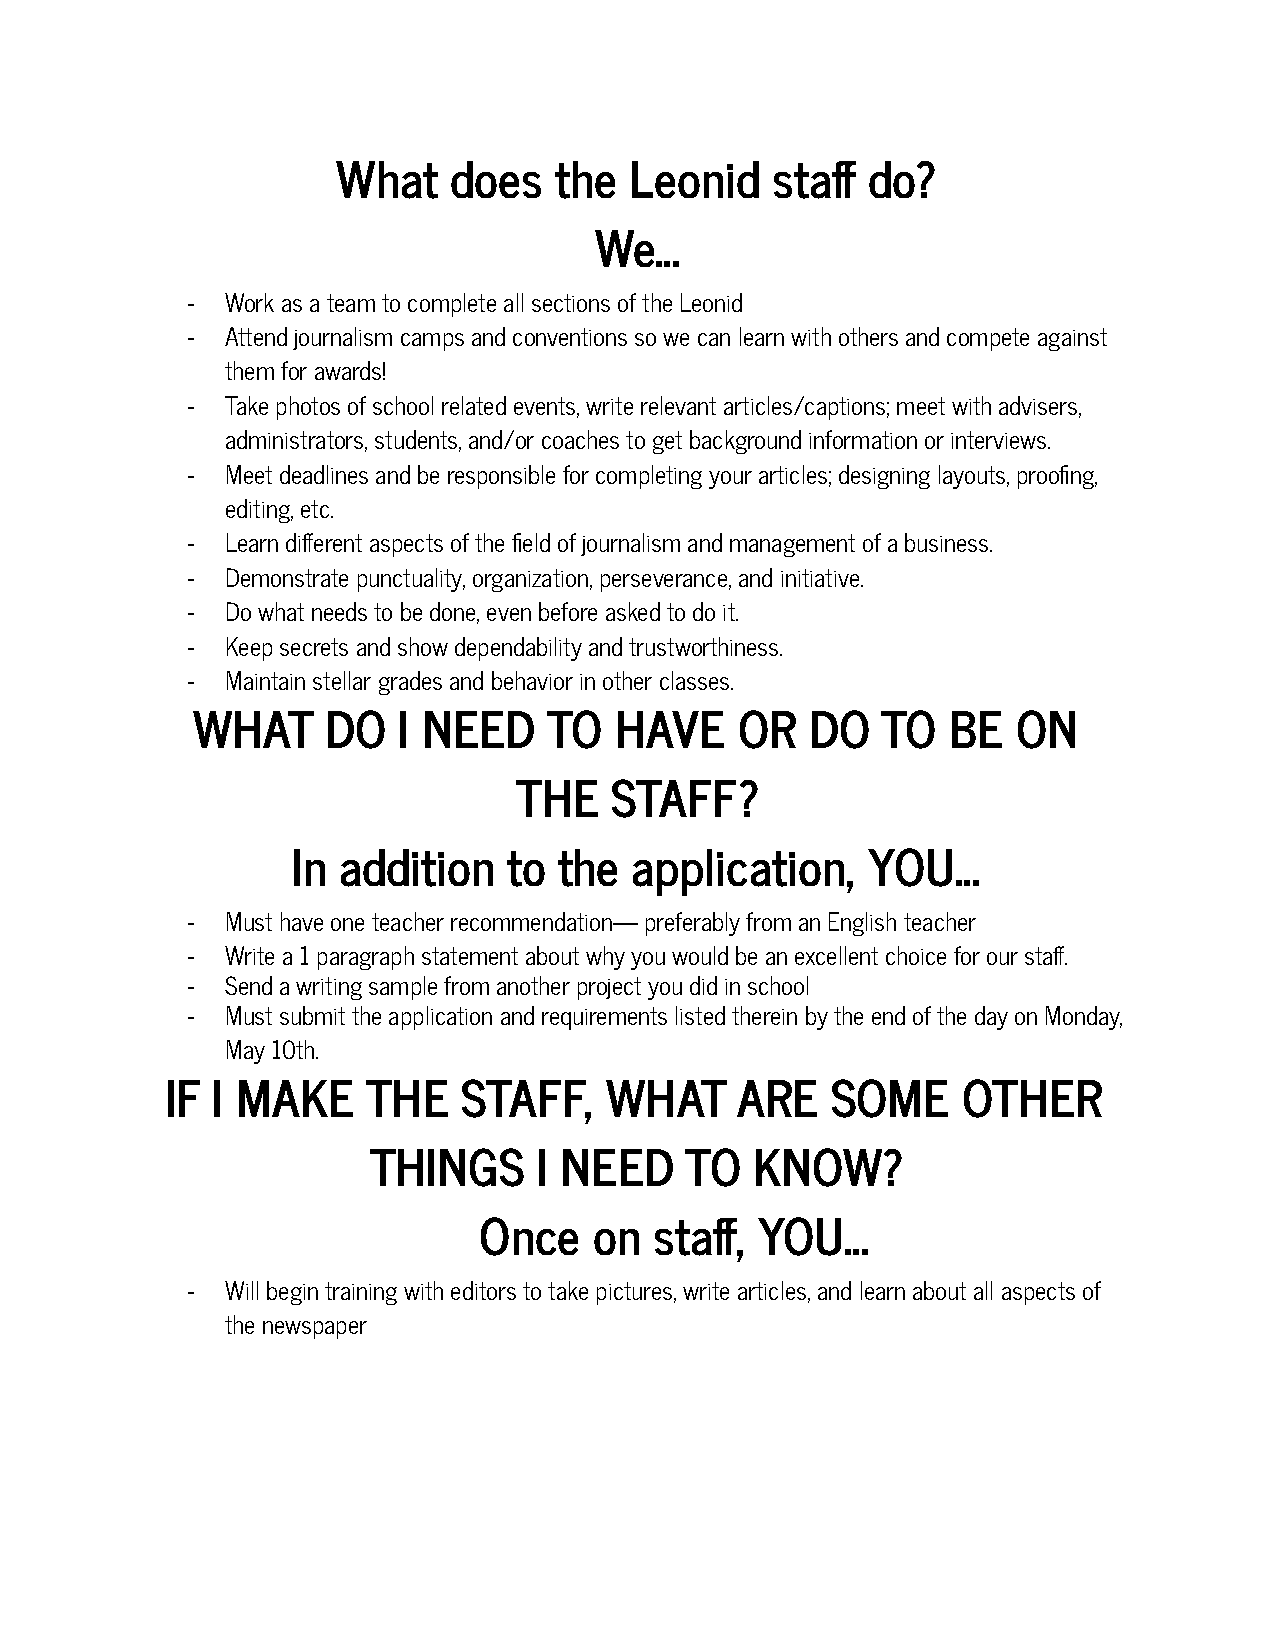
What    does   the  Leonid   staff do?
 We…
 -  Work as a team to complete all sections of the Leonid
 -  Attend journalism camps and conventions so we canlearn with others and compete against
 them for awards!
 -  Take photos of school related events, write relevant articles/captions; meet with advisers,
 administrators, students, and/or coaches to get background information or interviews.
 -  Meet deadlines and be responsible for completing your articles; designing layouts, proofing,
 editing, etc.
 -  Learn different aspects of the field of journalism and management of a business.
 -  Demonstrate punctuality, organization, perseverance,and initiative.
 -  Do what needs to be done, even before asked to do it.
 -  Keep secrets and show dependability and trustworthiness.
 -  Maintain stellar grades and behavior in other classes.
 WHAT     DO  I NEED    TO   HAVE    OR   DO  TO   BE  ON
 THE   STAFF?
 In addition    to the  application,   YOU…
 -  Must have one teacher recommendation— preferably from an English teacher
 -  Write a 1 paragraph statement about why you wouldbe an excellent choice for our staff.
 -  Send a writing sample from another project you didin school
 -  Must submit the application and requirements listed therein by the end of the day on Monday,
 May 10th.
 IF I MAKE    THE    STAFF,   WHAT     ARE   SOME     OTHER
 THINGS      I NEED   TO   KNOW?
 Once   on  staff, YOU…
 -  Will begin training with editors to take pictures,write articles, and learn about all aspects of
 the newspaper